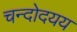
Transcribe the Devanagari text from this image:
चन्दोदयय